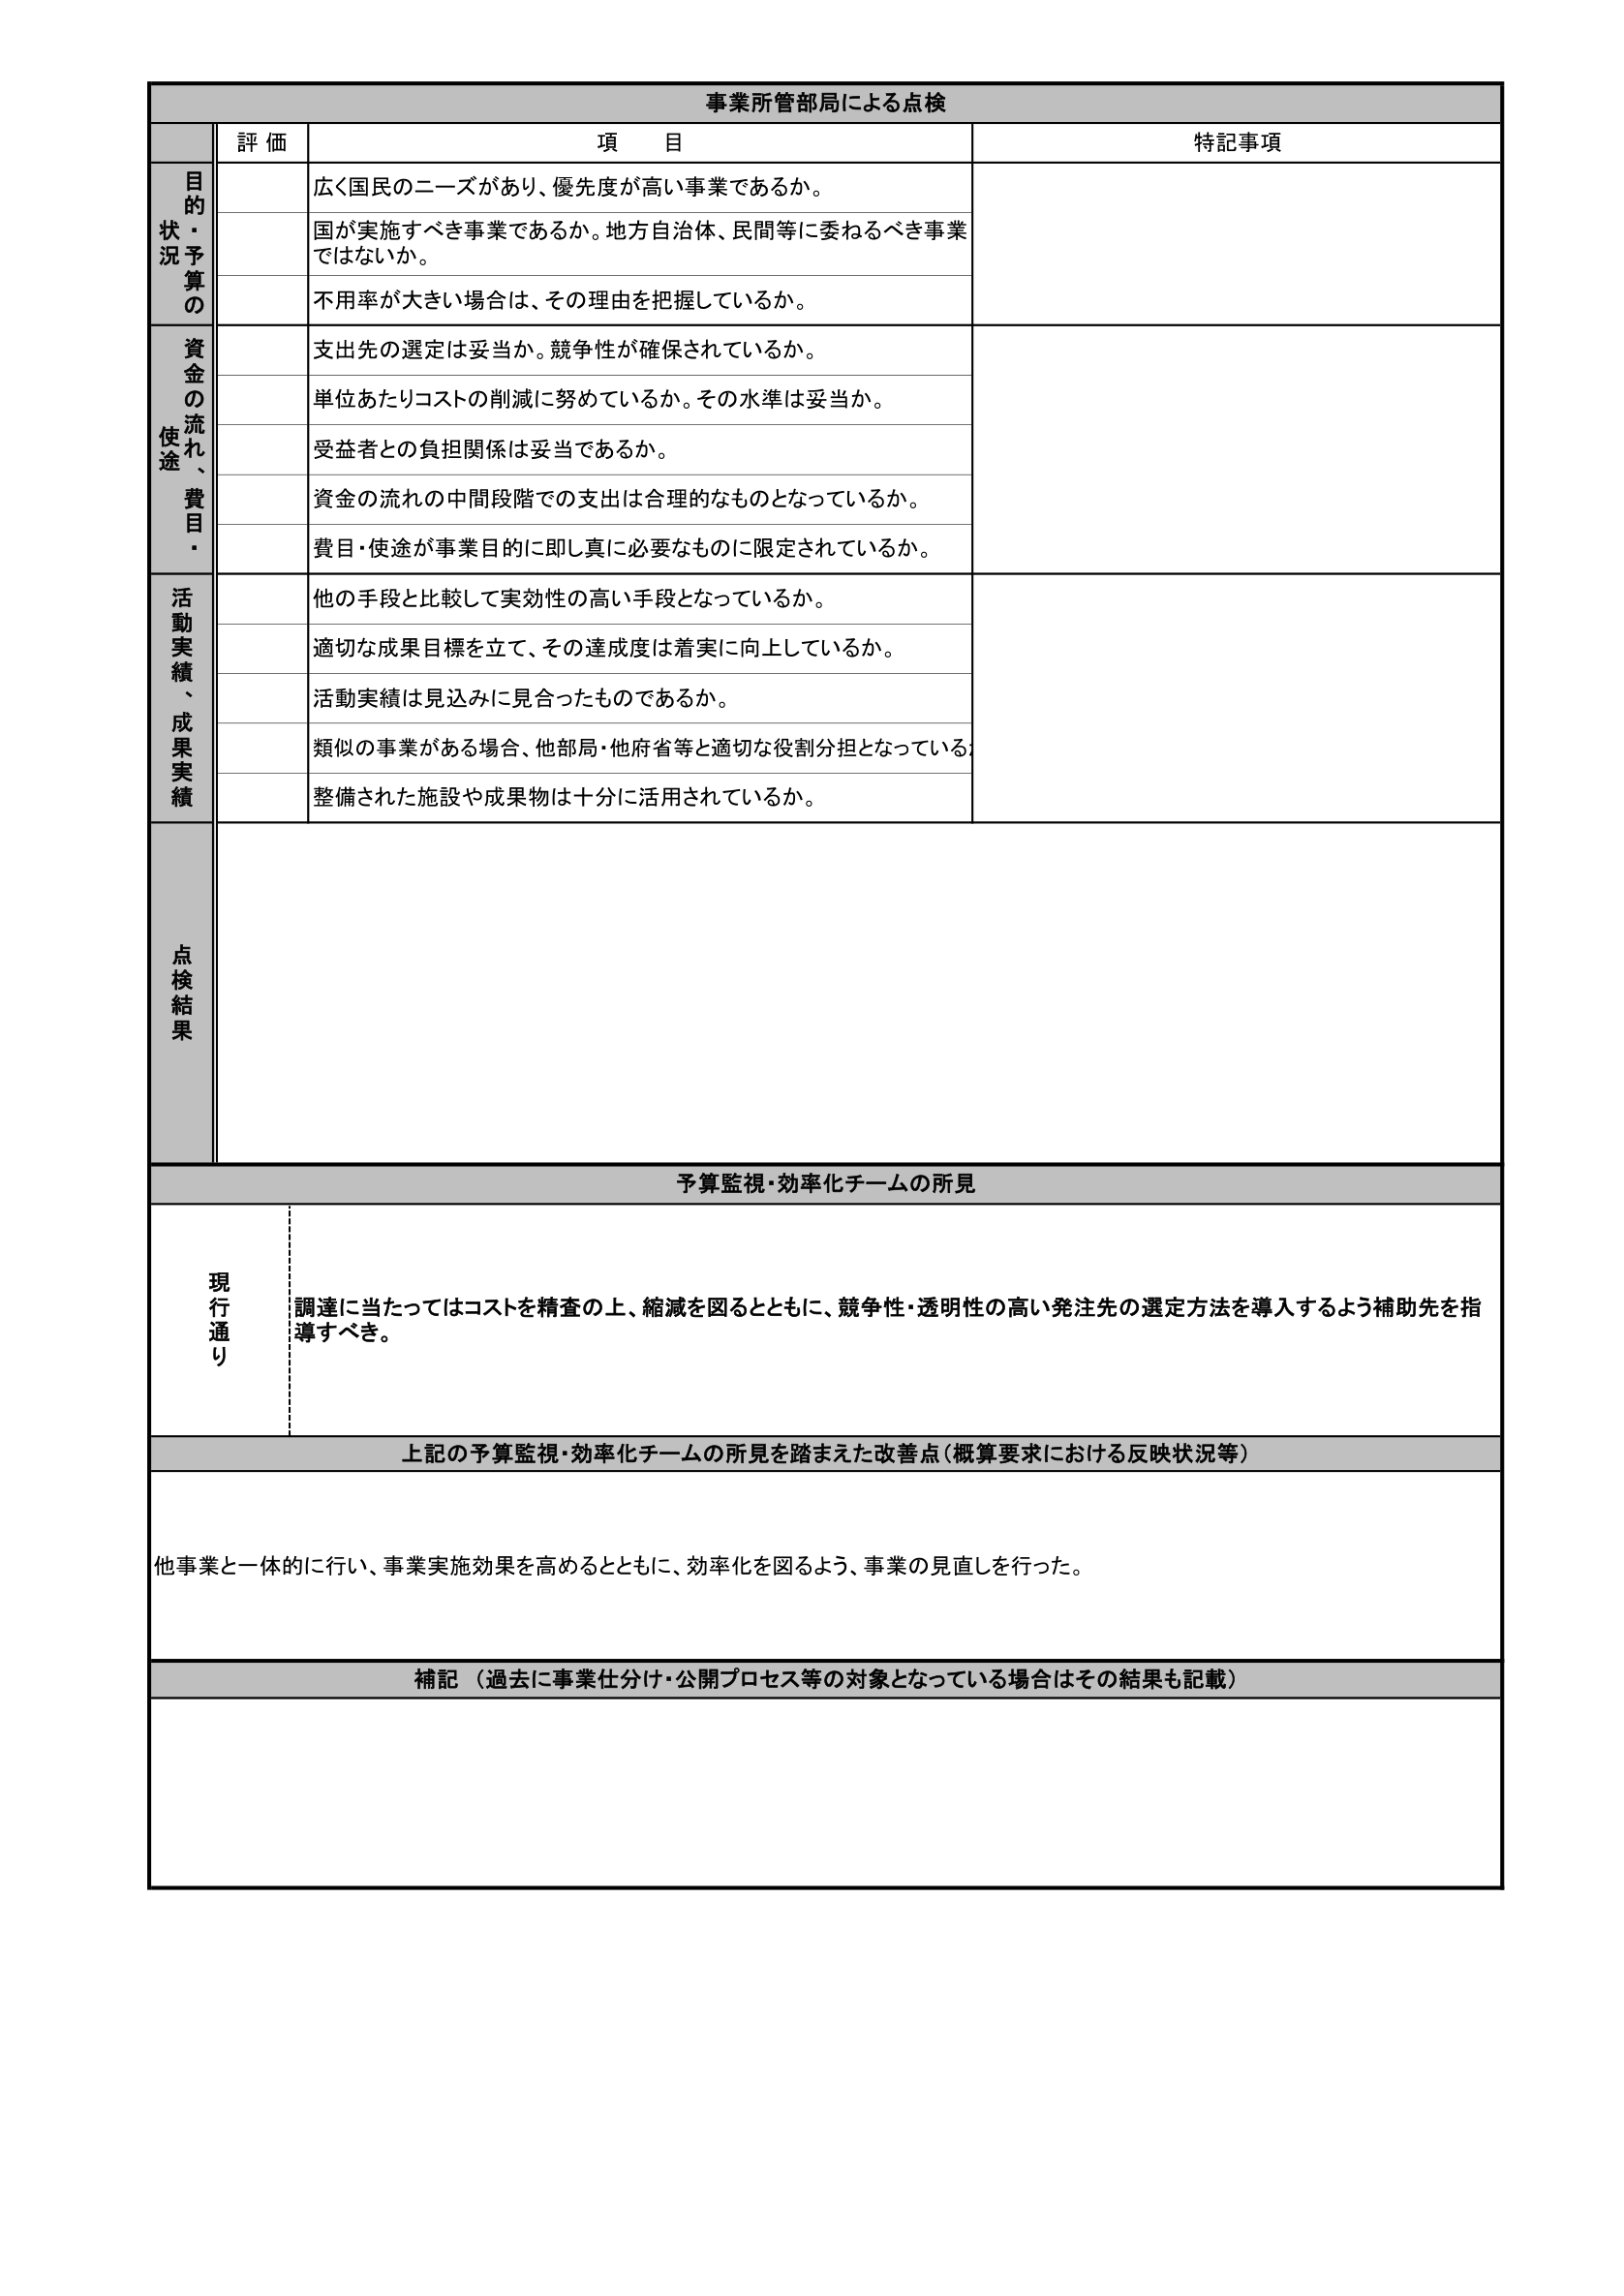
事業所管部局による点検

評価 項目 特記事項

目的状況予算の
広く国民のニーズがあり、優先度が高い事業であるか。
国が実施すべき事業であるか。地方自治体、民間等に委ねるべき事業ではないか。
不用率が大きい場合は、その理由を把握しているか。

資金の流れ、使途・費目
支出先の選定は妥当か。競争性が確保されているか。
単位あたりコストの削減に努めているか。その水準は妥当か。
受益者との負担関係は妥当であるか。
資金の流れの中間段階での支出は合理的なものとなっているか。
費目・使途が事業目的に即し真に必要なものに限定されているか。

活動実績、成果実績
他の手段と比較して実効性の高い手段となっているか。
適切な成果目標を立て、その達成度は着実に向上しているか。
活動実績は見込みに見合ったものであるか。
類似の事業がある場合、他部局・他府省等と適切な役割分担となっているか。
整備された施設や成果物は十分に活用されているか。

点検結果

予算監視・効率化チームの所見

現行通り
調達に当たってはコストを精査の上、縮減を図るとともに、競争性・透明性の高い発注先の選定方法を導入するよう補助先を指導すべき。

上記の予算監視・効率化チームの所見を踏まえた改善点（概算要求における反映状況等）
他事業と一体的に行い、事業実施効果を高めるとともに、効率化を図るよう、事業の見直しを行った。

補記（過去に事業仕分け・公開プロセス等の対象となっている場合はその結果も記載）